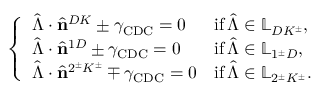
\left\{ \begin{array} { l l } { \hat { \boldsymbol { \Lambda } } \cdot \hat { \mathbf { n } } ^ { D K } \pm \gamma _ { \mathrm { C D C } } = 0 } & { \mathrm { i f } \, \hat { \boldsymbol { \Lambda } } \in \mathbb { L } _ { D K ^ { \pm } } , } \\ { \hat { \boldsymbol { \Lambda } } \cdot \hat { \mathbf { n } } ^ { 1 D } \pm \gamma _ { \mathrm { C D C } } = 0 } & { \mathrm { i f } \, \hat { \boldsymbol { \Lambda } } \in \mathbb { L } _ { 1 ^ { \pm } D } , } \\ { \hat { \boldsymbol { \Lambda } } \cdot \hat { \mathbf { n } } ^ { 2 ^ { \pm } K ^ { \pm } } \mp \gamma _ { \mathrm { C D C } } = 0 } & { \mathrm { i f } \, \hat { \boldsymbol { \Lambda } } \in \mathbb { L } _ { 2 ^ { \pm } K ^ { \pm } } . } \end{array} \right.